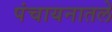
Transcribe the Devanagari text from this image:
पंचायनातले